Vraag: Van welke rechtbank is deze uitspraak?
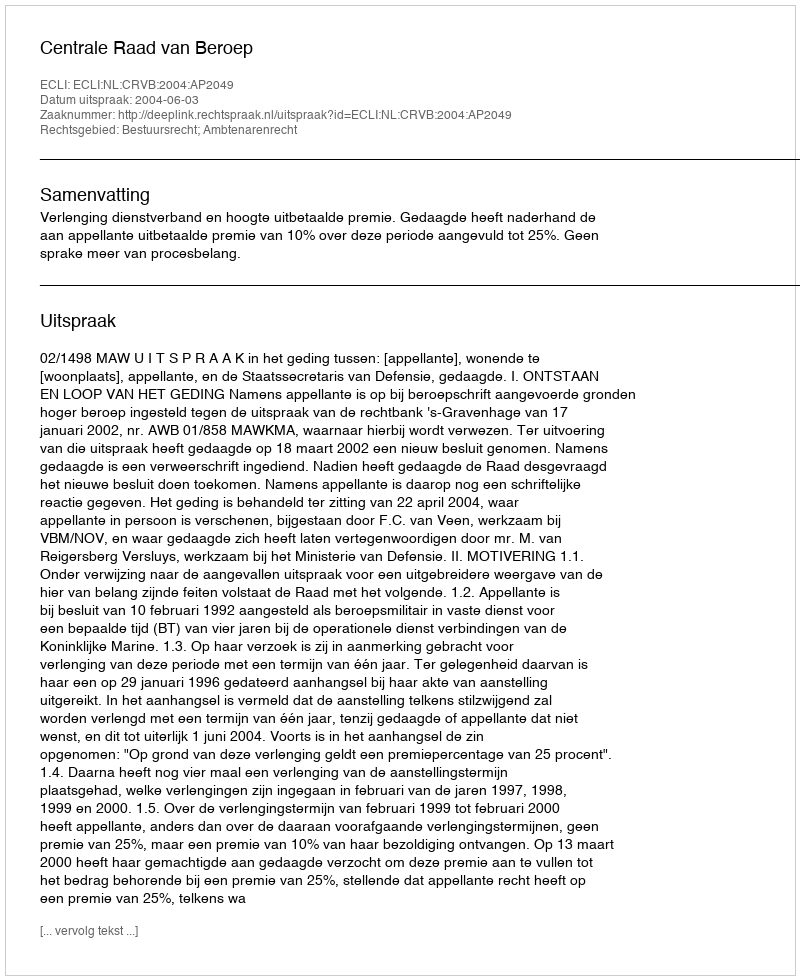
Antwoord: Centrale Raad van Beroep